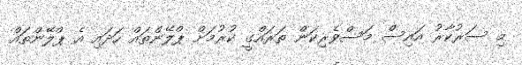
މި ސަރުކާރު އައިސް މަސްވެރިކަން ތަރައްގީ ކުރުމަށް ޕްލޭންތައް ހަދައި އެ ޕްލޭންތައް